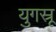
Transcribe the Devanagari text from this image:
युगस्रू